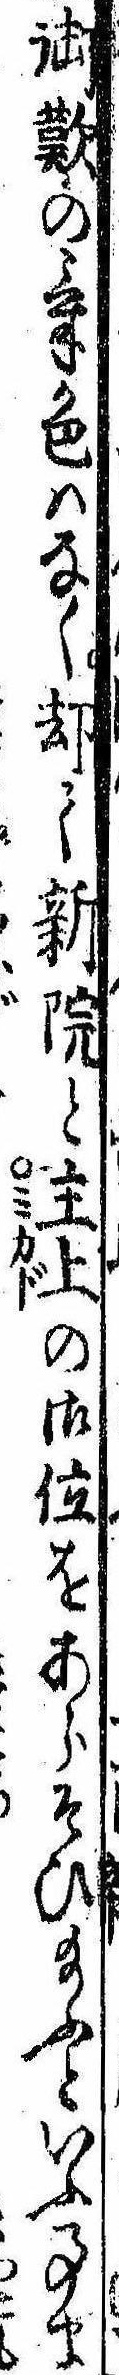
御歎の気色はなく却て新院と主上の御位をあらそひ給ふといふ事ま